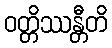
ဝတ္တိဿန္တီတိ